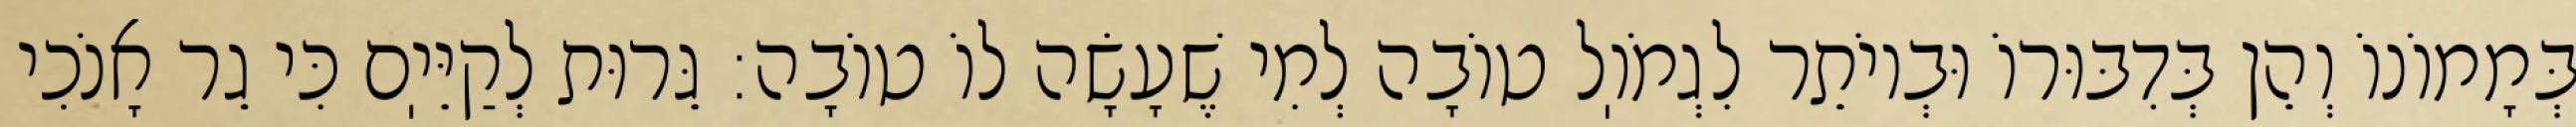
בְּמָמוֹנוֹ וְהֵן בְּדִבּוּרוֹ וּבְיוֹתֵר לִגְמֹוֽל טוֹבָה לְמִי שֶׁעָשָׂה לוֹ טוֹבָה: גֵּרוּת לְקַיֵּיֽם כִּי גֵר אָנֹכִי